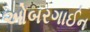
ઓબરગાઈન